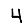
Digit: 4